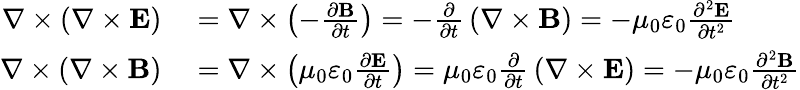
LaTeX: \begin{array}{rl}{\nabla\times\left(\nabla\times\mathbf{E}\right)}&{{}=\nabla\times\left(-{\frac{\partial\mathbf{B}}{\partial t}}\right)=-{\frac{\partial}{\partial t}}\left(\nabla\times\mathbf{B}\right)=-\mu_{0}\varepsilon_{0}{\frac{\partial^{2}\mathbf{E}}{\partial t^{2}}}}\\ {\nabla\times\left(\nabla\times\mathbf{B}\right)}&{{}=\nabla\times\left(\mu_{0}\varepsilon_{0}{\frac{\partial\mathbf{E}}{\partial t}}\right)=\mu_{0}\varepsilon_{0}{\frac{\partial}{\partial t}}\left(\nabla\times\mathbf{E}\right)=-\mu_{0}\varepsilon_{0}{\frac{\partial^{2}\mathbf{B}}{\partial t^{2}}}}\end{array}